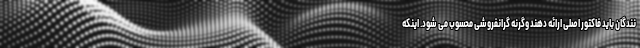
نندگان باید فاکتور اصلی ارائه دهند وگرنه گرانفروشی محسوب می شود. اینکه